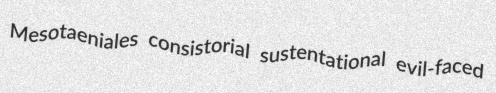
Mesotaeniales consistorial sustentational evil-faced